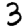
Digit: 3